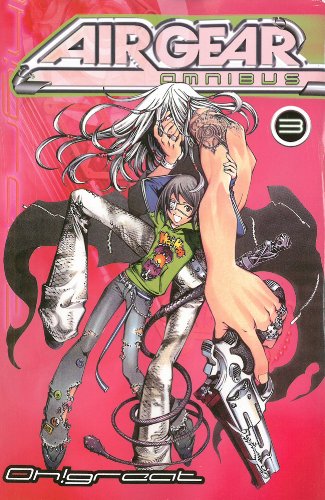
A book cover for Air Gear Omnibus 3; Oh!Great; Comics & Graphic Novels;